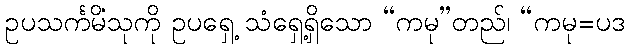
ဥပသင်္ကမိံသုကို ဥပရှေ့ သံရှေ့ရှိသော “ကမု”တည်၊ “ကမု=ပဒ